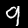
Label: 9